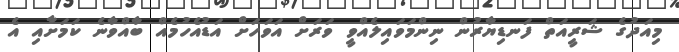
މިއަދުގެ ޝަރީއަތް ފަނޑިޔާރުން ނިންމަވައިލެއްވީ ވަރަށް އަވަހަށް އަޑުއެހުމެއް ބާއްވާނެ ކަމަށާއި އެ